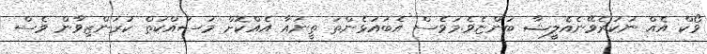
ވޯކް އެއް ނުކުރެވޭނެއެލީޝާ ބުންޏެވެ.މަވެސް އެބައުޅެންތަ ތީނައާ އެއްކޮށް މަސައްކަތް ކުރަންޒިވާން ވެސް